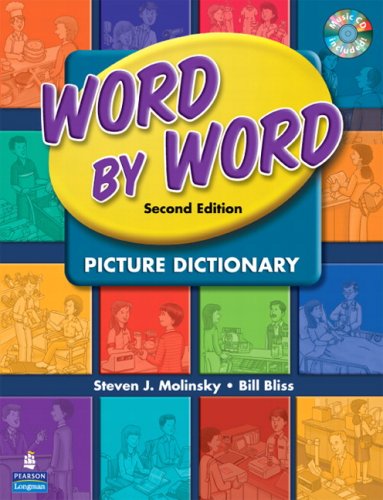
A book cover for Word by Word Picture Dictionary with WordSongs Music CD (2nd Edition); Steven J. Molinsky; Reference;